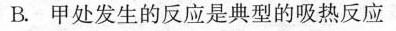
B.甲处发生的反应是典型的吸热反应